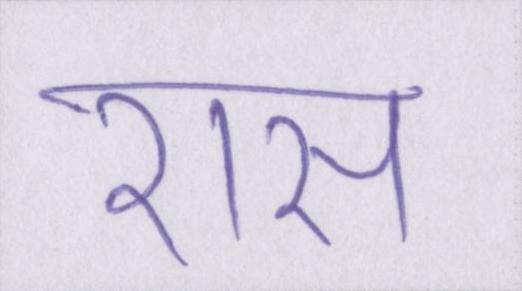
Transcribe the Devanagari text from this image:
रास